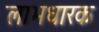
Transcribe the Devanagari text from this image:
लाभधारक